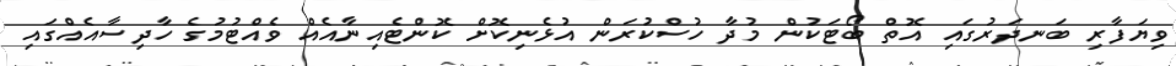
ވިޔަފާރި ބަނދަރުގައި އޮތް ބޯޓަކުން މުދާ ހުސްކުރަން އުޅެނިކޮށް ކޮންޓެއިނާއެއް ވެއްޓުމުގެ ހާދިސާއެއްގައި